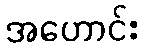
အဟောင်း